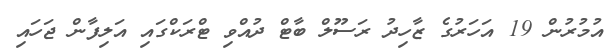
އުމުރުން 19 އަހަރުގެ ޒާހިދު ރަސޫލް ބާޓް ދުއްވި ޓްރަކްގައި އަލިފާން ޖަހައި